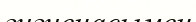
гигиенасымен